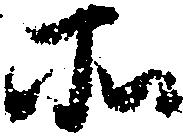
所